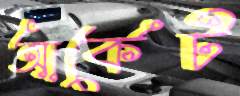
আর্কেট